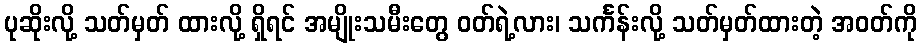
ပုဆိုးလို့ သတ်မှတ် ထားလို့ ရှိရင် အမျိုးသမီးတွေ ဝတ်ရဲ့လား၊ သင်္ကန်းလို့ သတ်မှတ်ထားတဲ့ အဝတ်ကို